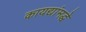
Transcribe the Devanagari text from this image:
कायद्यांमद्धे